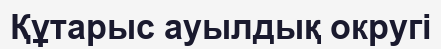
Құтарыс ауылдық округі